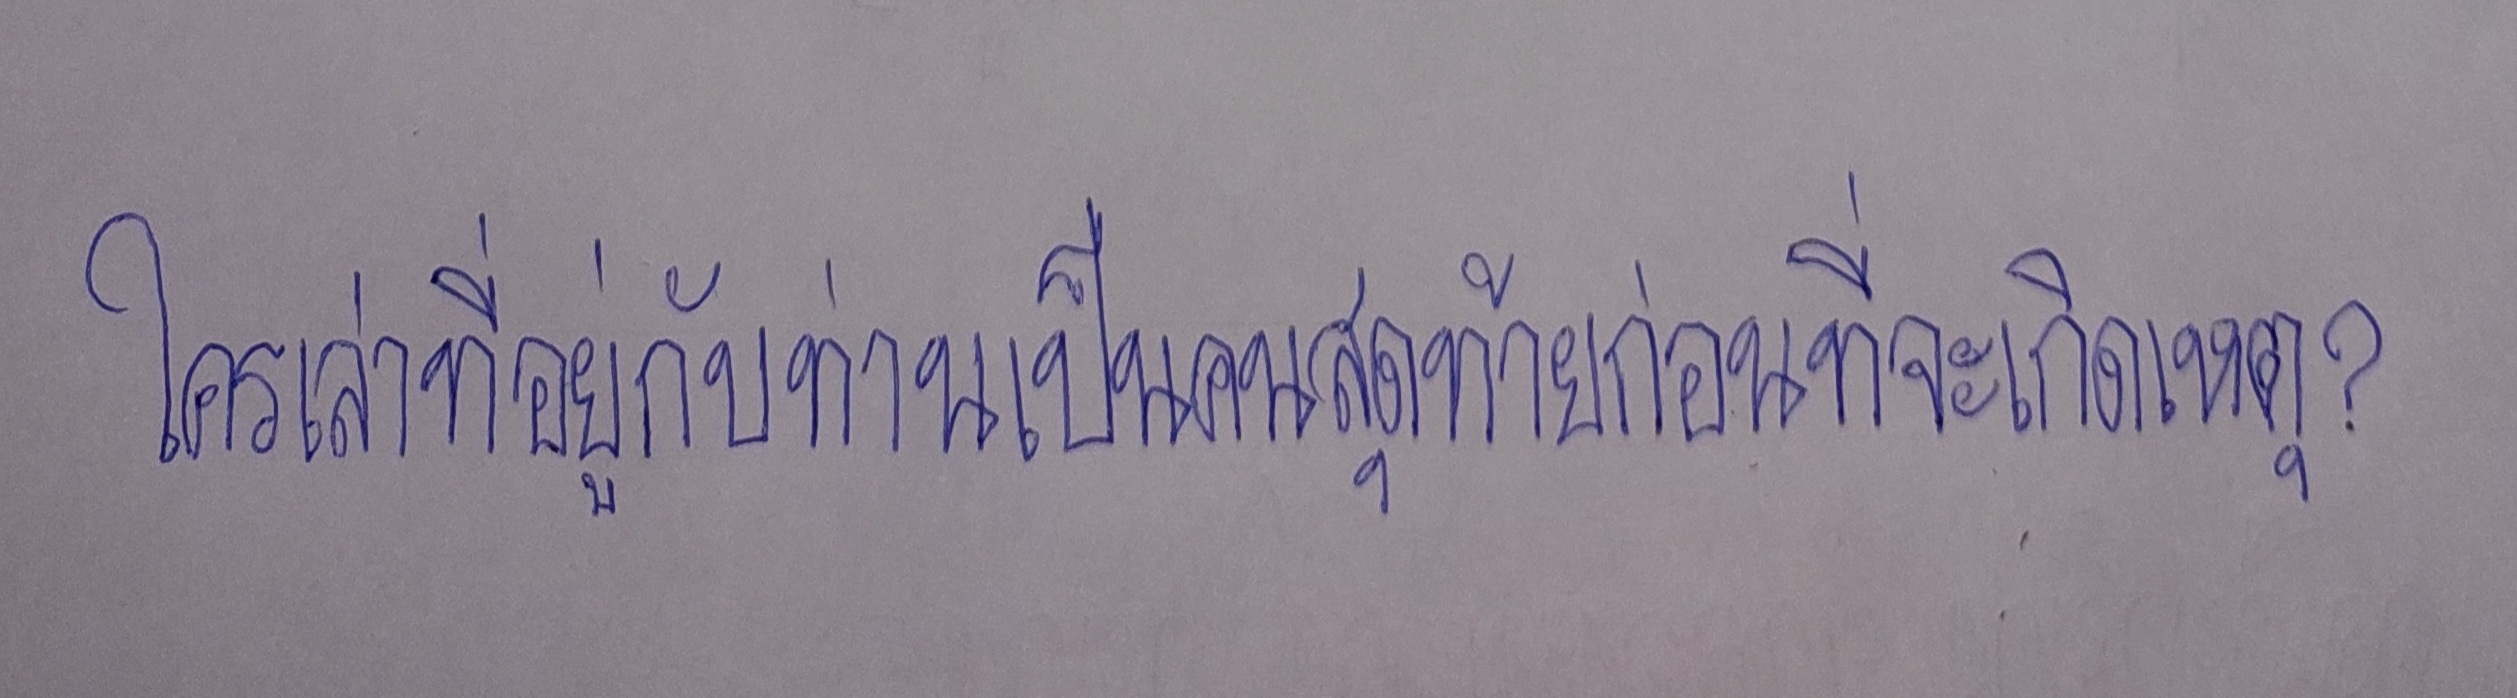
ใครเล่าที่อยู่กับท่านเป็นคนสุดท้ายก่อนที่จะเกิดเหตุ?